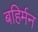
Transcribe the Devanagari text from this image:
बहिर्मन